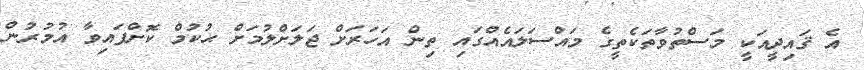
އެ ޤައިދީއަކީ މަސްތުވާތަކެތީގެ މައްސަލައެއްގައި ތިން އަހަރަށް ޖަލަށްލުމަށް ޙުކުމް ކޮށްފައިވާ އުމުރުން